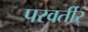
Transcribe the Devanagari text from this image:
परवर्तीर्